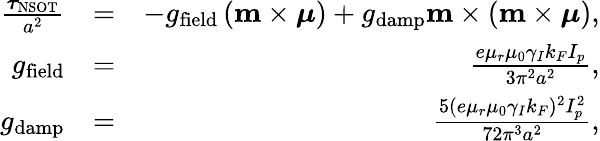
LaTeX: \begin{array}{rlr}{\frac{\boldsymbol\tau_{\mathrm{NSOT}}}{a^{2}}}&{=}&{-g_{\mathrm{field}}\left(\mathbf{m}\times\boldsymbol{\mu}\right)+g_{\mathrm{damp}}\mathbf{m}\times\left(\mathbf{m}\times\boldsymbol{\mu}\right),}\\ {g_{\mathrm{field}}}&{=}&{\frac{e\mu_{r}\mu_{0}\gamma_{I}k_{F}I_{p}}{3\pi^{2}a^{2}},}\\ {g_{\mathrm{damp}}}&{=}&{\frac{5(e\mu_{r}\mu_{0}\gamma_{I}k_{F})^{2}I_{p}^{2}}{72\pi^{3}a^{2}},}\end{array}